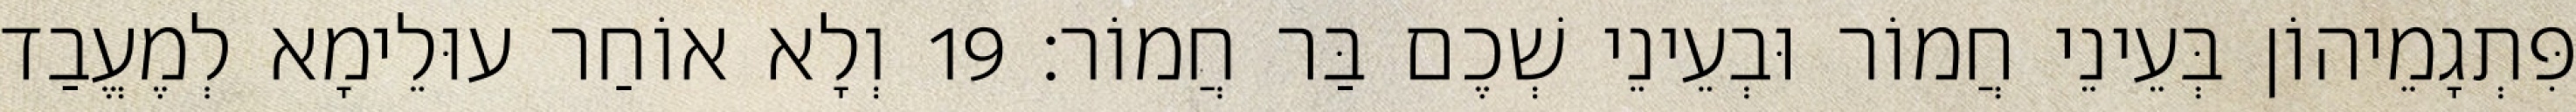
פִּתְגָמֵיהוֹן בְּעֵינֵי חֲמוֹר וּבְעֵינֵי שְׁכֶם בַּר חֲמוֹר׃ 19 וְלָא אוֹחַר עוּלֵימָא לְמֶעֱבַד